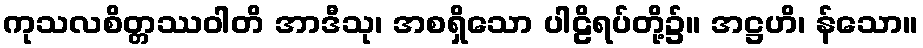
ကုသလစိတ္တဿဝါတိ အာဒီသု၊ အစရှိသော ပါဠိရပ်တို့၌။ အဋ္ဌဟိ၊ န်သော။